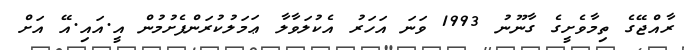
ރާއްޖޭގެ ތިމާވެށީގެ ގާނޫނު 1993 ވަނަ އަހަރު އެކުލަވާލާ ޢަމަލުކުރަންފެށުމުން އީ.އައި.އޭ އަށް